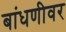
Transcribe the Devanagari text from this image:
बांधणीवर